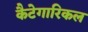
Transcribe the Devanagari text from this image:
कैटेगारिकल